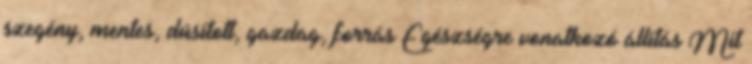
szegény, mentes, dúsított, gazdag, forrás Egészségre vonatkozó állítás Mit